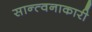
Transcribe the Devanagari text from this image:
सान्त्वनाकारी